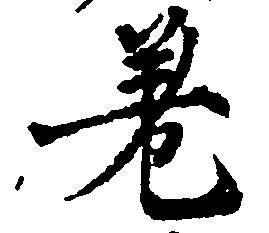
差